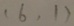
( 6 , 1 )